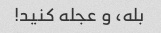
بله، و عجله کنید!